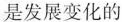
是发展变化的